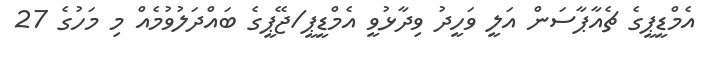
އެމްޑީޕީގެ ޗެއާޕާސަން އަލީ ވަހީދު ވިދާޅުވީ އެމްޑީޕީ/ޖޭޕީގެ ބައްދަލުވުމެއް މި މަހުގެ 27